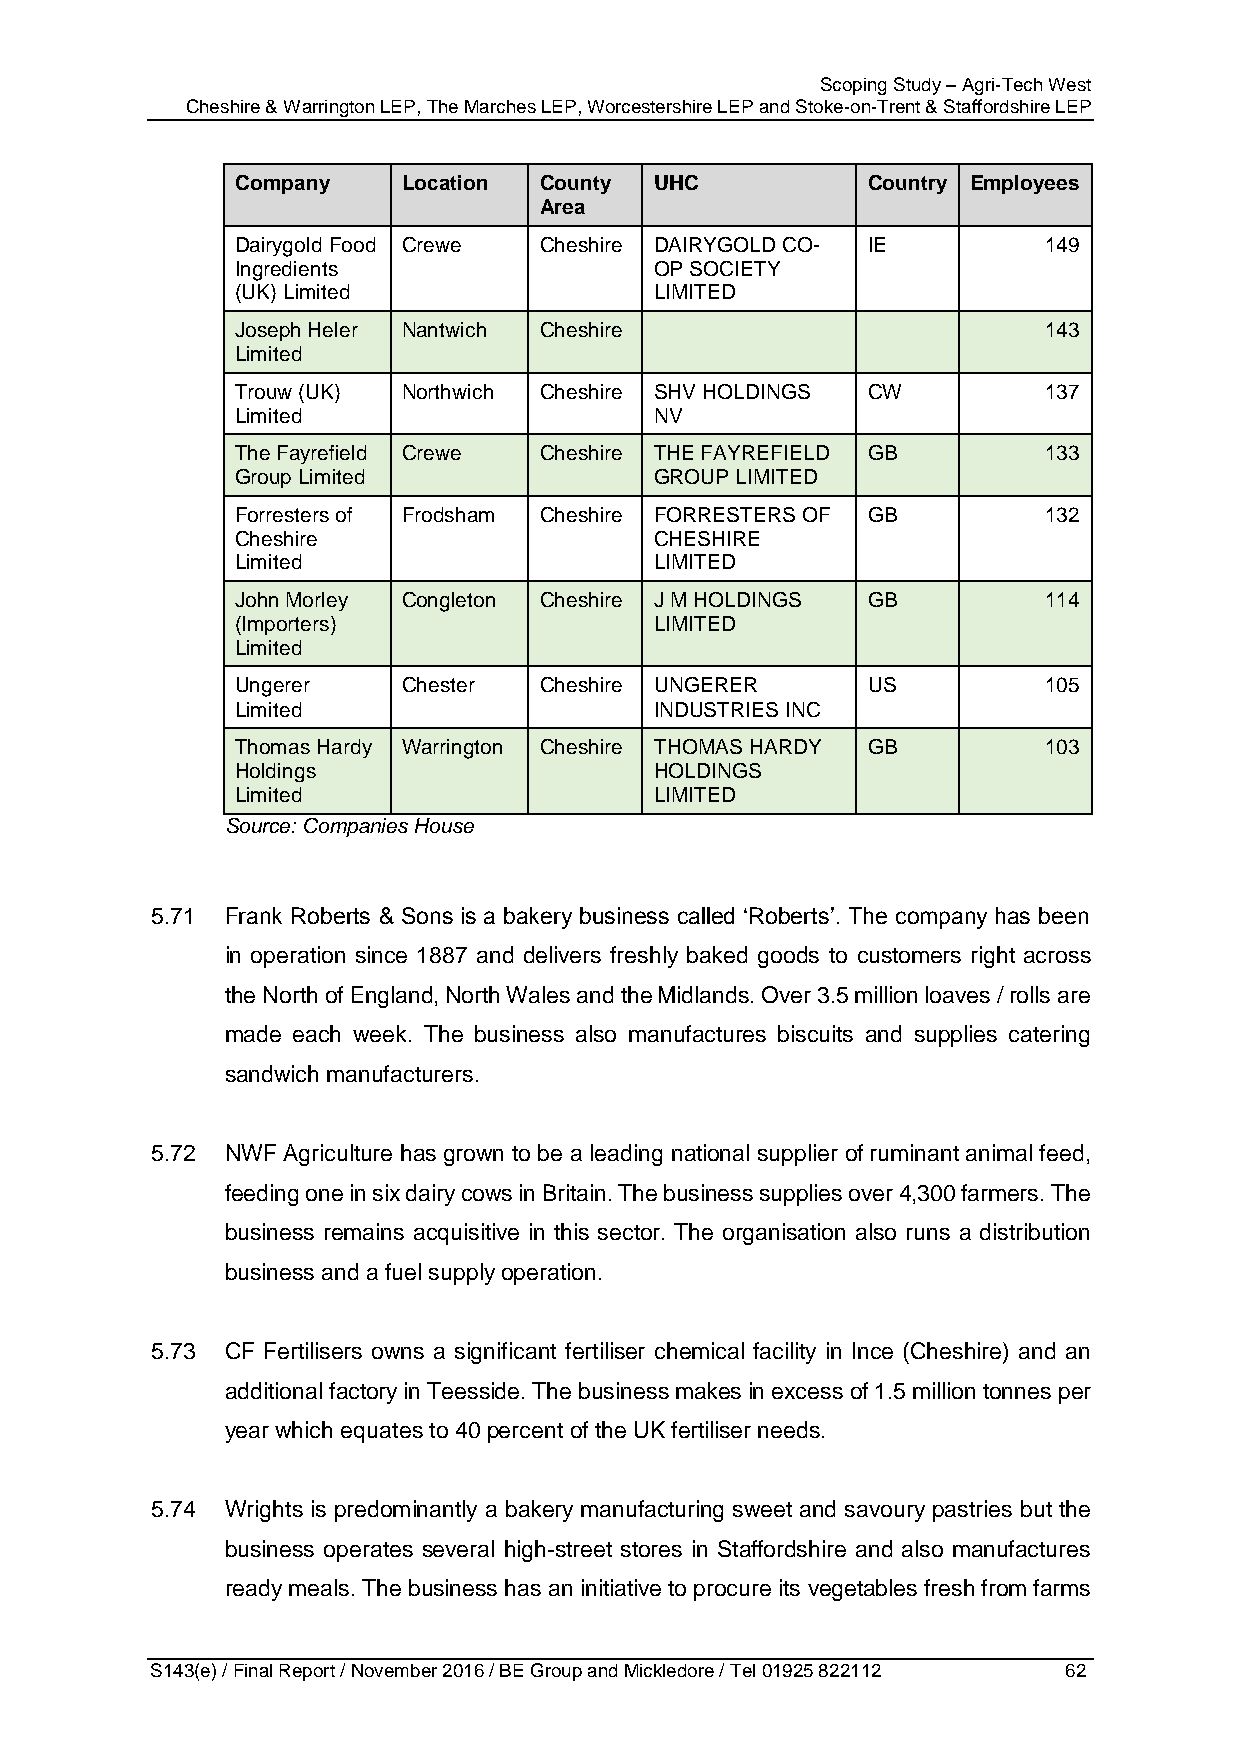
Scoping Study – Agri-Tech West
 Cheshire & Warrington LEP, The Marches LEP, Worcestershire LEP and Stoke-on-Trent & Staffordshire LEP
 Company    Location County UHC           Country Employees
 Area
 Dairygold Food Crewe Cheshire DAIRYGOLD CO- IE       149
 Ingredients                OP SOCIETY
 (UK) Limited               LIMITED
 Joseph Heler Nantwich Cheshire                       143
 Limited
 Trouw (UK) Northwich Cheshire SHV HOLDINGS CW        137
 Limited                    NV
 The Fayrefield Crewe Cheshire THE FAYREFIELD GB      133
 Group Limited              GROUP LIMITED
 Forresters of Frodsham Cheshire FORRESTERS OF GB     132
 Cheshire                   CHESHIRE
 Limited                    LIMITED
 John Morley Congleton Cheshire J M HOLDINGS GB       114
 (Importers)                LIMITED
 Limited
 Ungerer    Chester  Cheshire UNGERER     US          105
 Limited                    INDUSTRIES INC
 Thomas Hardy Warrington Cheshire THOMAS HARDY GB     103
 Holdings                   HOLDINGS
 Limited                    LIMITED
 Source: Companies House
 5.71 Frank Roberts & Sons is a bakery business called ‘Roberts’. The company has been
 in operation since 1887 and delivers freshly baked goods to customers right across
 the North of England, North Wales and the Midlands. Over 3.5 million loaves / rolls are
 made each week. The business also manufactures biscuits and supplies catering
 sandwich manufacturers.
 5.72 NWF Agriculture has grown to be a leading national supplier of ruminant animal feed,
 feeding one in six dairy cows in Britain. The business supplies over 4,300 farmers. The
 business remains acquisitive in this sector. The organisation also runs a distribution
 business and a fuel supply operation.
 5.73 CF Fertilisers owns a significant fertiliser chemical facility in Ince (Cheshire) and an
 additional factory in Teesside. The business makes in excess of 1.5 million tonnes per
 year which equates to 40 percent of the UK fertiliser needs.
 5.74 Wrights is predominantly a bakery manufacturing sweet and savoury pastries but the
 business operates several high-street stores in Staffordshire and also manufactures
 ready meals. The business has an initiative to procure its vegetables fresh from farms
 S143(e) / Final Report / November 2016 / BE Group and Mickledore / Tel 01925 822112 62